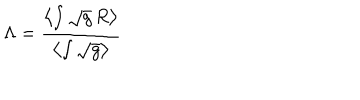
LaTeX: \Lambda = \frac { \left< \int \sqrt { g } \, R \right> } { \left< \int \sqrt { g } \right> }